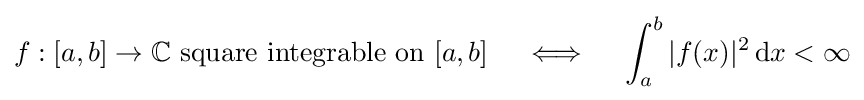
f:[a,b]\to \mathbb {C} {\text{ square integrable on }}[a,b]\quad \iff \quad \int _{a}^{b}|f(x)|^{2}\,\mathrm {d} x<\infty